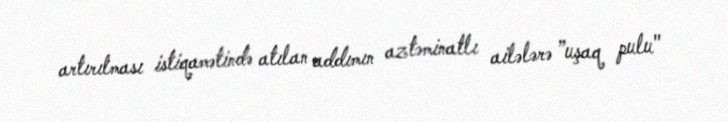
artırılması istiqamətində atılan addımın aztəminatlı ailələrə ”uşaq pulu"